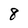
Character: 8